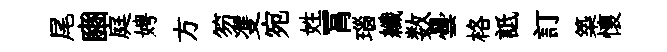
尾豳庭娉方笏㕠宛姓罥瑙纖数曇格詆訂築懷